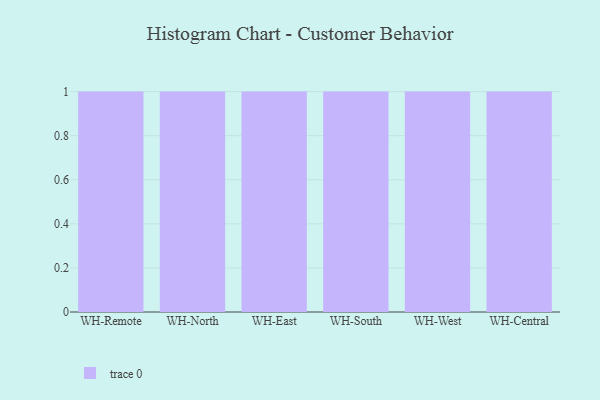
{"axis": {"x": "Warehouse", "y": "Backlog"}, "legend": [""], "data": [{"x": "WH-Remote", "y": 80, "type": ""}, {"x": "WH-North", "y": 67, "type": ""}, {"x": "WH-East", "y": 24, "type": ""}, {"x": "WH-South", "y": 36, "type": ""}, {"x": "WH-West", "y": 13, "type": ""}, {"x": "WH-Central", "y": 8, "type": ""}]}